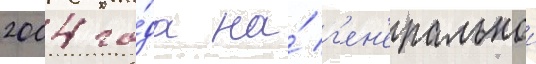
2004 го́да на́ г'ен'еральнои